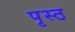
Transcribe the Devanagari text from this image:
पृस्ठ